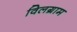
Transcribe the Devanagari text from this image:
विलग्राम